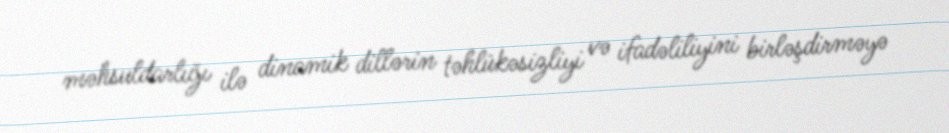
məhsuldarlığı ilə dinamik dillərin təhlükəsizliyi və ifadəliliyini birləşdirməyə